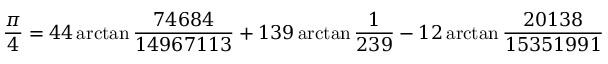
{ \frac { \pi } { 4 } } = 4 4 \arctan { \frac { 7 4 6 8 4 } { 1 4 9 6 7 1 1 3 } } + 1 3 9 \arctan { \frac { 1 } { 2 3 9 } } - 1 2 \arctan { \frac { 2 0 1 3 8 } { 1 5 3 5 1 9 9 1 } }